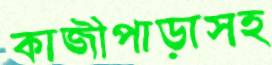
কাজীপাড়াসহ